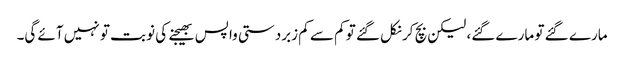
مارے گئے تو مارے گئے، لیکن بچ کر نکل گئے تو کم سے کم زبردستی واپس بھیجنے کی نوبت تو نہیں آئے گی۔